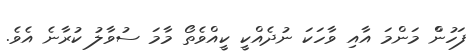
ފަހުންް މަންމަ އާއި ވާހަކަ ނުދެއްކީ ކީއްވެތޯ މާމަ ސުވާލު ކުރާނެ އެވެ.